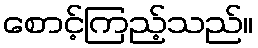
စောင့်ကြည့်သည်။